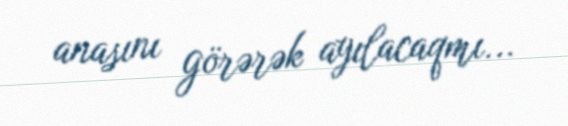
anasını görərək ayılacaqmı...